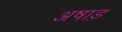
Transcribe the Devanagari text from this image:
अषाड़